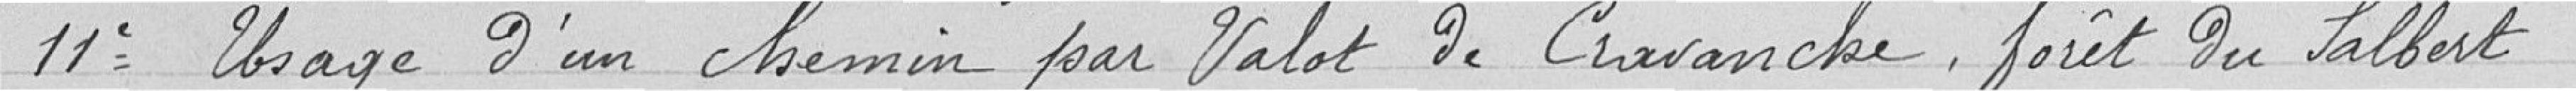
11° Usage d'un chemin pour Valot de Cravanche, forêt du Salbert